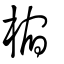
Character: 樎